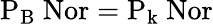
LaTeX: \mathrm{P_{B}\ Nor=P_{k}\ Nor}